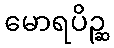
မောရပိဉ္ဆ